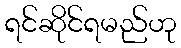
ရင်ဆိုင်ရမည်ဟု